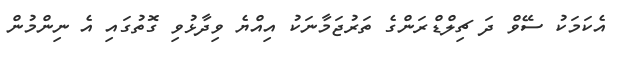
އެކަމަކު ސޭވް ދަ ޗިލްޑްރަންގެ ތަރުޖަމާނަކު އިއްޔެ ވިދާޅުވި ގޮތުގައި އެ ނިންމުން